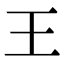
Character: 王